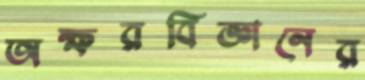
অক্ষরবিজ্ঞানের